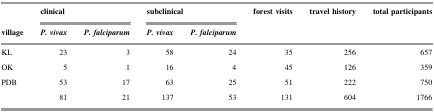
<table><thead><tr><td></td><td colspan="2"><b>clinical</b></td><td colspan="2"><b>subclinical</b></td><td><b>forest visits</b></td><td><b>travel history</b></td><td><b>total participants</b></td></tr><tr><td><b>village</b></td><td><b><i>P. vivax</i></b></td><td><b><i>P. falciparum</i></b></td><td><b><i>P. vivax</i></b></td><td><b><i>P. falciparum</i></b></td><td></td><td></td><td></td></tr></thead><tbody><tr><td>KL</td><td>23</td><td>3</td><td>58</td><td>24</td><td>35</td><td>256</td><td>657</td></tr><tr><td>OK</td><td>5</td><td>1</td><td>16</td><td>4</td><td>45</td><td>126</td><td>359</td></tr><tr><td>PDB</td><td>53</td><td>17</td><td>63</td><td>25</td><td>51</td><td>222</td><td>750</td></tr><tr><td></td><td>81</td><td>21</td><td>137</td><td>53</td><td>131</td><td>604</td><td>1766</td></tr></tbody></table>